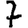
Digit: 7